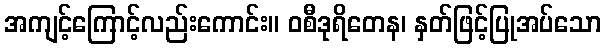
အကျင့်ကြောင့်လည်းကောင်း။ ဝစီဒုရိတေန၊ နှတ်ဖြင့်ပြုအပ်သော